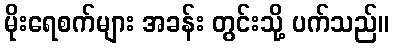
မိုးရေစက်များ အခန်း တွင်းသို့ ပက်သည်။